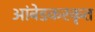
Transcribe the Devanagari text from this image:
आंबेडकरकृत